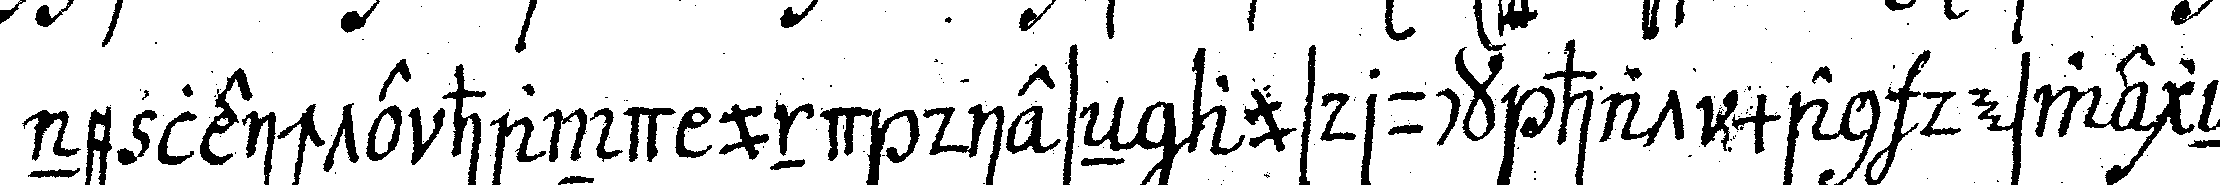
ne leichte hand und dieseN ausdruck hat man deswegeN